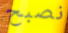
نصبح